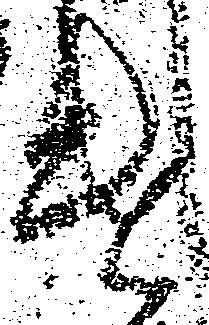
遣